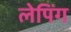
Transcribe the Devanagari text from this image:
लेपिंग